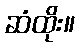
ဆံထိုး။